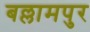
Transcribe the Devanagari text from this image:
बल्लामपुर